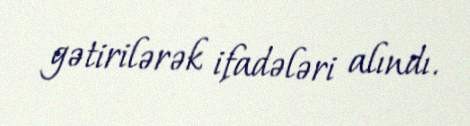
gətirilərək ifadələri alındı.